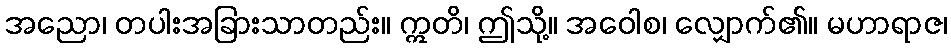
အညော၊ တပါးအခြားသာတည်း။ ဣတိ၊ ဤသို့။ အဝေါစ၊ လျှောက်၏။ မဟာရာဇ၊